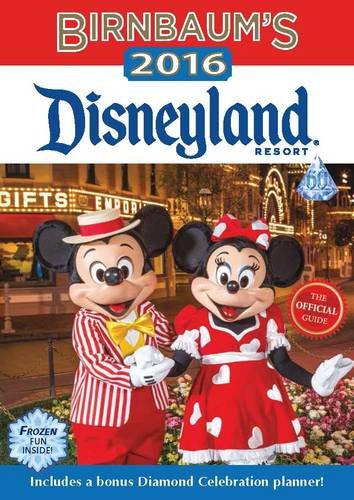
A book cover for Birnbaum's 2016 Disneyland Resort: The Official Guide (Birnbaum Guides); Birnbaum Guides; Travel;